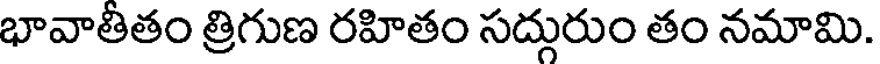
భావాతీతం త్రిగుణ రహితం సద్గురుం తం నమామి.